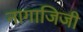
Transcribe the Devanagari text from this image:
नागाजिजी